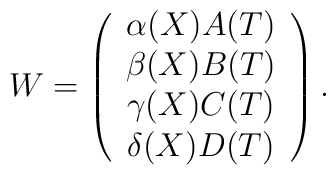
W=\left( \begin{array}{c}\alpha (X)A(T) \\ \beta (X)B(T) \\ \gamma (X)C(T) \\ \delta (X)D(T)\end{array}\right) .